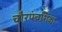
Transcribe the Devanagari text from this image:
चौरपंचशिका